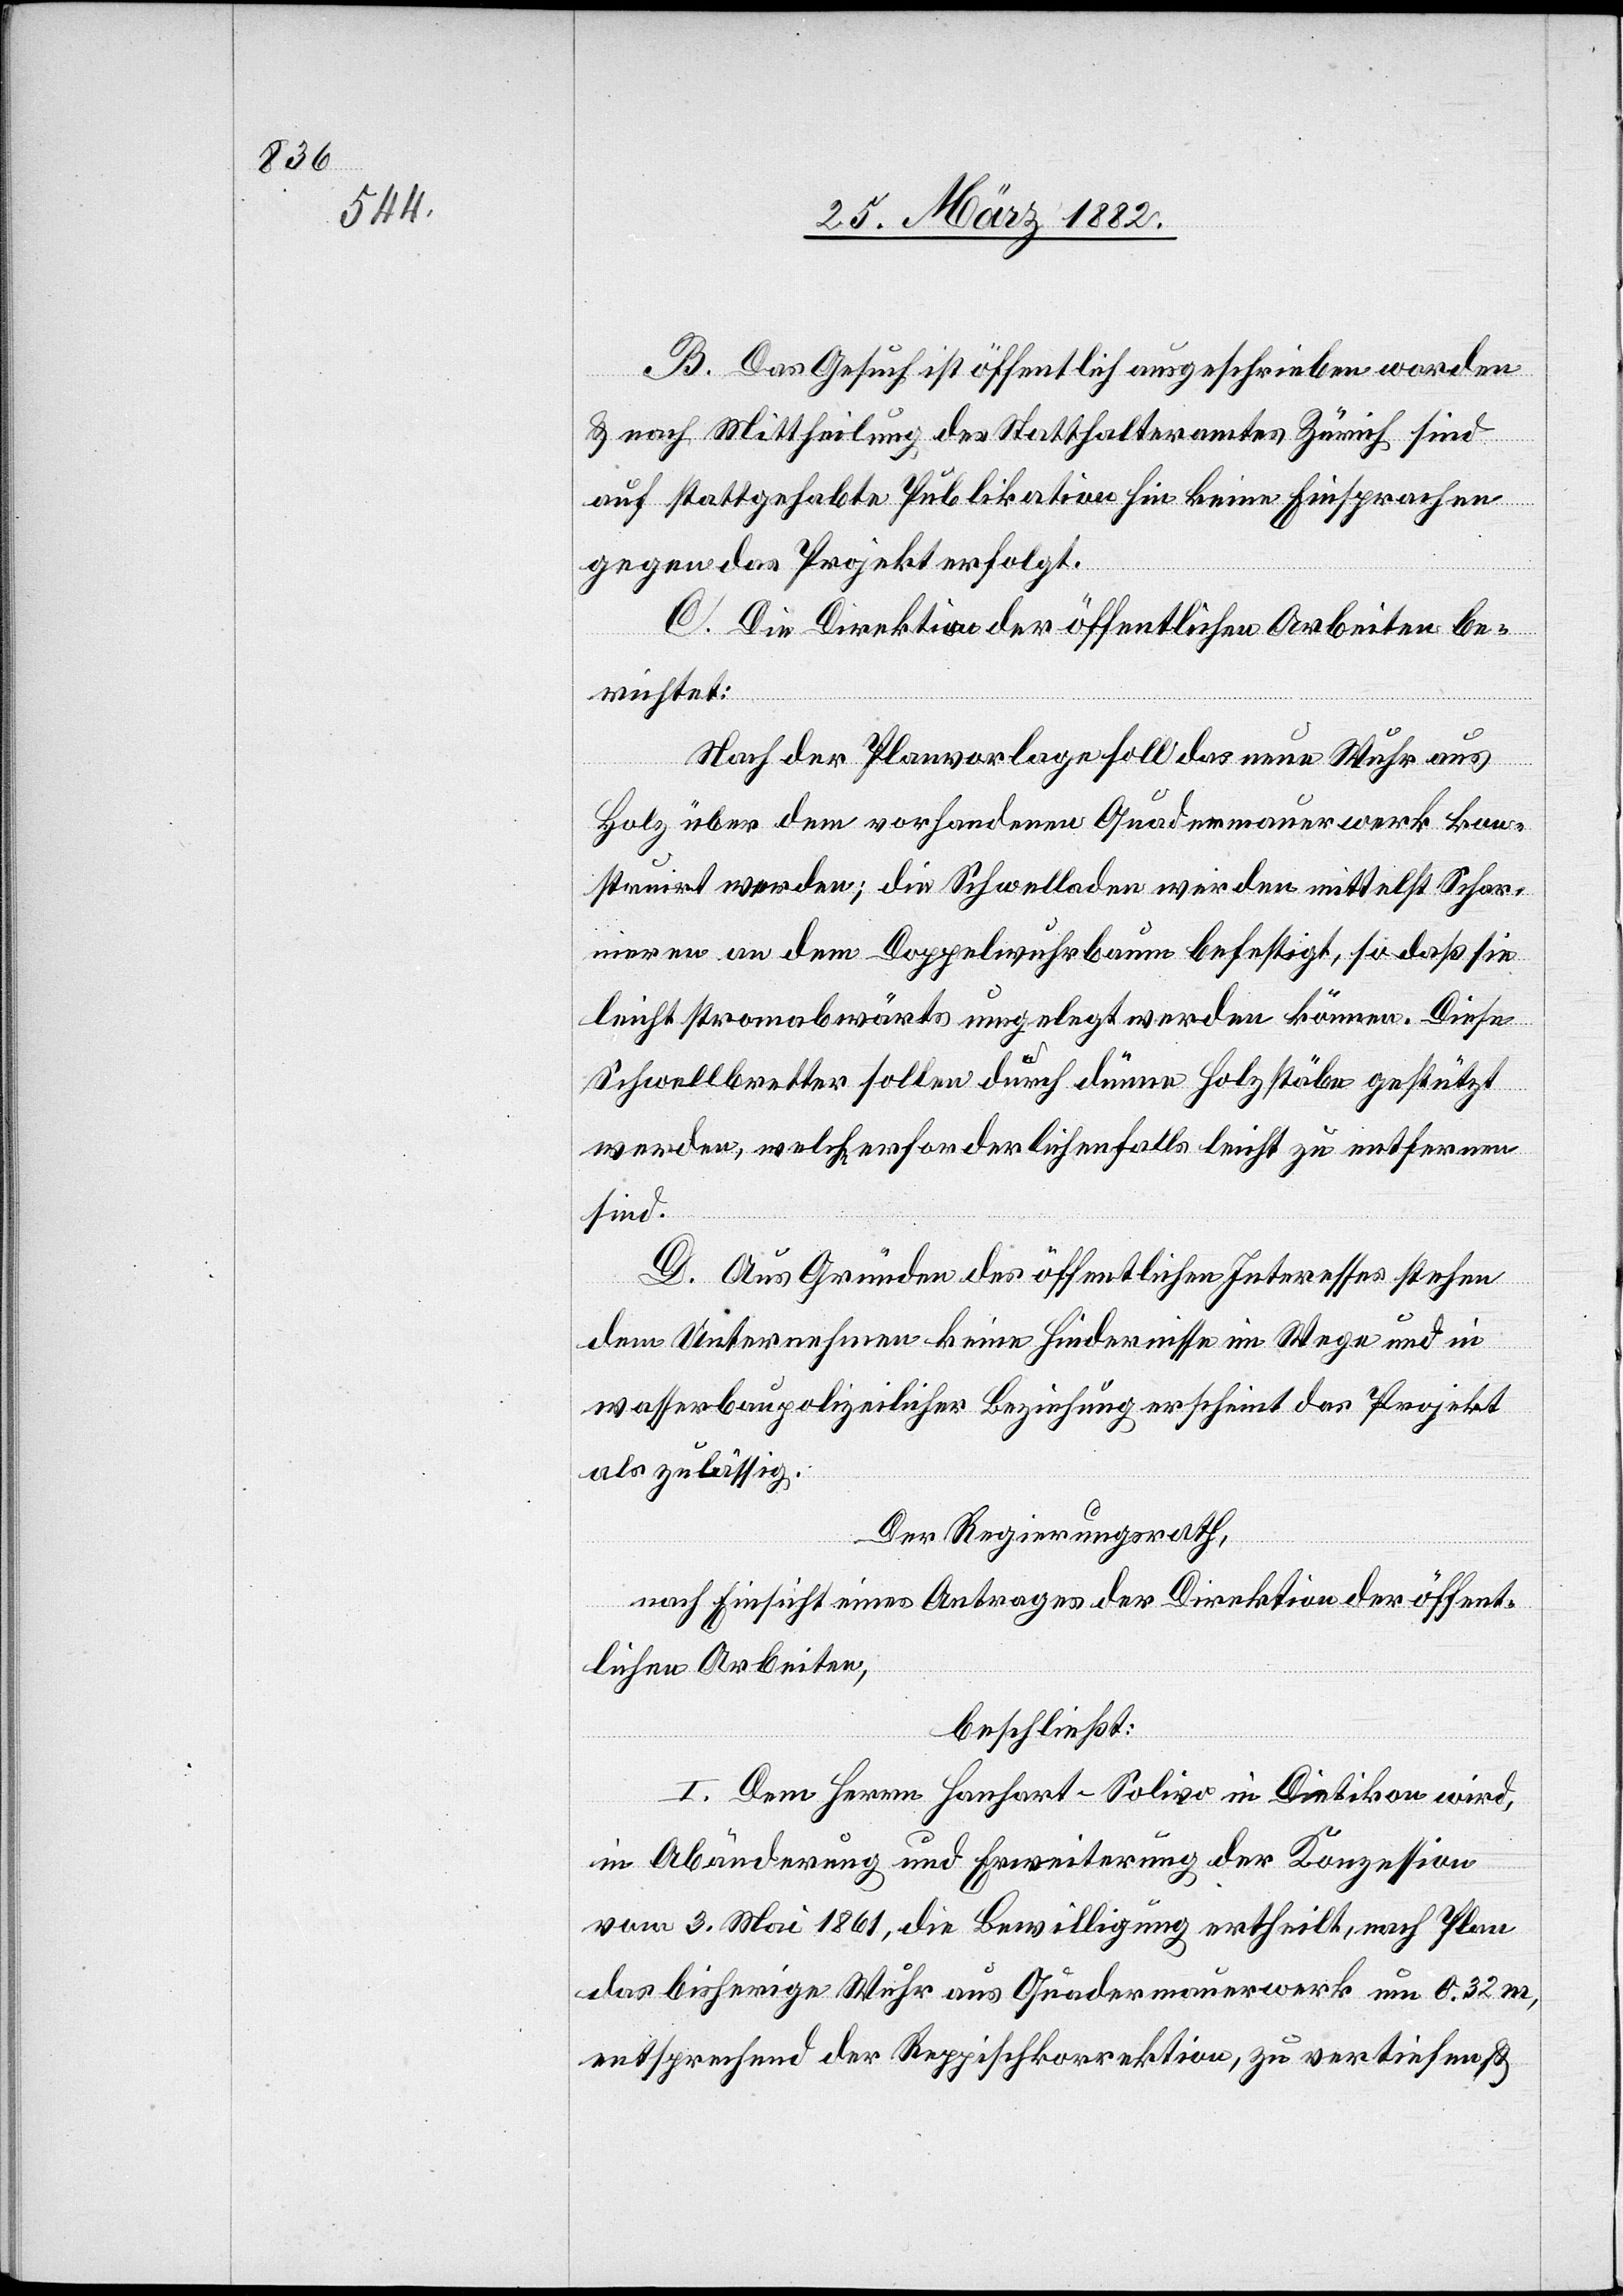
B. Das Gesuch ist öffentlich ausgeschrieben worden
& nach Mittheilung des Statthalteramtes Zürich sind
auf stattgehabte Publikation hin keine Einsprachen
gegen das Projekt erfolgt.
C. Die Direktion der öffentlichen Arbeiten be¬
richtet:
Nach der Planvorlage soll das neue Wuhr aus
Holz über dem vorhandenen Quadermauerwerk kon¬
struiert werden; die Schwellladen werden mittelst Schar¬
nieren an dem Doppelwuhrbaue befestigt, so daß sie
leicht stromabwärts umgelegt werden können. Diese
Schwellbretter sollen durch dünne Holzstäbe gestützt
werden, welche erforderlichenfalls leicht zu entfernen
sind.
D. Aus Gründen des öffentlichen Interesses stehen
dem Unternehmen keine Hindernisse im Wege und in
wasserbaupolizeilicher Beziehung erscheint das Projekt
als zulässig.
Der Regierungsrath,
nach Einsicht eines Antrages der Direktion der öffent¬
lichen Arbeiten,
beschließt:
I. Dem Herrn Hanhart-Solvio in Dietikon wird,
in Abänderung und Erweiterung der Konzession
vom 3. Mai 1861, die Bewilligung ertheilt, nach Plan
das bisherige Wuhr aus Quadermauerwerk um 0,32 m,
entsprechend der Reppischkorrektion, zu vertiefen &